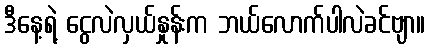
ဒီနေ့ရဲ့ ငွေလဲလှယ်နှုန်းက ဘယ်လောက်ပါလဲခင်ဗျာ။